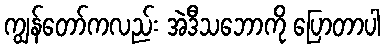
ကျွန်တော်ကလည်း အဲဒီသဘောကို ပြောတာပါ